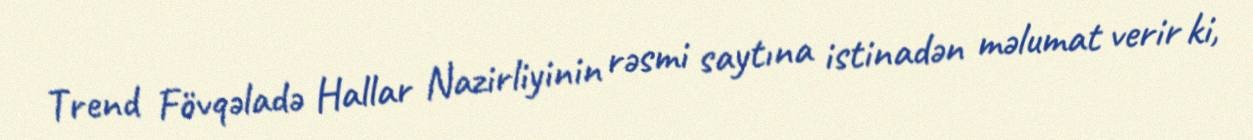
Trend Fövqəladə Hallar Nazirliyinin rəsmi saytına istinadən məlumat verir ki,